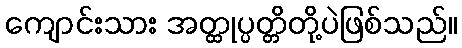
ကျောင်းသား အတ္ထုပ္ပတ္တိတို့ပဲဖြစ်သည်။